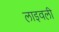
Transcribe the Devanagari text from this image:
लाइवली